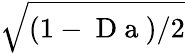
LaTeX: \sqrt{(1-\mathrm{~D~a~})/2}